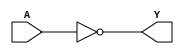
`timescale 1ns / 1ps
//////////////////////////////////////////////////////////////////////////////////
// Company: 
// Engineer: 
// 
// Design Name: 
// Module Name: cell
// Project Name: 
// Target Devices: 
// Tool Versions: 
// Description: 
// 
// Dependencies: 
// 
// Revision:
// Revision 0.01 - File Created
// Additional Comments:
// 
//////////////////////////////////////////////////////////////////////////////////

module inv (
    
    input A,  
    output Y

);
assign Y = ~A; 

endmodule 

module or8 (A, B, C,D,E, F,G,H, Y); 
input A,B,C,D,E,F,G,H; 
output Y; 

assign Y = A | B | C | D | E | F | G | H; 

endmodule

module nand8 (A, B, C,D,E, F,G,H, Y); 
input A,B,C,D,E,F,G,H; 
output Y; 

assign Y = ~(A & B & C & D & E & F & G & H); 

endmodule

module and8 (A, B, C,D,E, F,G,H, Y); 
input A,B,C,D,E,F,G,H; 
output Y; 

assign Y = A & B & C & D & E & F & G & H; 

endmodule

module and5 (A, B, C,D,E, Y); 
input A,B,C,D,E; 
output Y; 

assign Y = A & B & C & D & E; 

endmodule

module and4 (A, B, C,D, Y); 
input A,B,C,D; 
output Y; 

assign Y = A & B & C & D; 

endmodule

module and3 (A, B, C, Y); 
input A,B,C; 
output Y; 

assign Y = A & B & C; 

endmodule

module and2 (A, B, Y); 
input A, B; 
output Y; 

assign Y = A & B; 
endmodule 

module or2 (A, B, Y); 
input A, B; 
output Y; 

assign Y = A | B; 
endmodule 

module nor2 (A, B, Y); 
input A, B; 
output Y; 

assign Y = ~(A | B); 
endmodule 


module xor2 (A,B,Y); 
input A, B; 
output Y; 

assign Y = A^B; 
endmodule 

module nand2 (A, B, Y); 
input A, B; 
output Y; 

assign Y = ~(A & B); 
endmodule


module nand3 (A,B,C,Y); 
input A,B,C;
output Y; 

assign Y = ~(A&B&C); 
endmodule 

module nand4 (A,B,C,D,Y); 
input A,B,C,D;
output Y; 

assign Y = ~(A&B&C&D); 
endmodule 


module nand5 (A,B,C,D,E,Y); 
input A,B,C,D,E;
output Y; 

assign Y = ~(A&B&C&D&E); 
endmodule